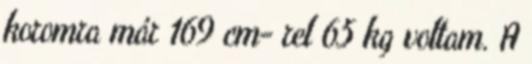
koromra már 169 cm- rel 65 kg voltam. A